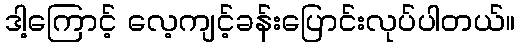
ဒါ့ကြောင့် လေ့ကျင့်ခန်းပြောင်းလုပ်ပါတယ်။